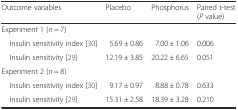
<table><thead><tr><td><b>Outcome variables</b></td><td><b>Placebo</b></td><td><b>Phosphorus</b></td><td><b>Paired t-test (<i>P</i> value)</b></td></tr></thead><tbody><tr><td>Experiment 1 (<i>n</i> = 7)</td><td colspan="3"></td></tr><tr><td> Insulin sensitivity index [30]</td><td>5.69 ± 0.86</td><td>7.00 ± 1.06</td><td>0.006</td></tr><tr><td> Insulin sensitivity [29]</td><td>12.19 ± 3.85</td><td>20.22 ± 6.65</td><td>0.051</td></tr><tr><td>Experiment 2 (<i>n</i> = 8)</td><td colspan="3"></td></tr><tr><td> Insulin sensitivity index [30]</td><td>9.17 ± 0.97</td><td>8.88 ± 0.78</td><td>0.633</td></tr><tr><td> Insulin sensitivity [29]</td><td>15.31 ± 2.58</td><td>18.39 ± 3.28</td><td>0.210</td></tr></tbody></table>